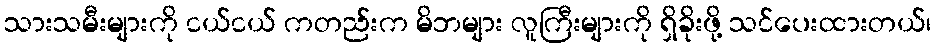
သားသမီးများကို ငယ်ငယ် ကတည်းက မိဘများ လူကြီးများကို ရှိခိုးဖို့ သင်ပေးထားတယ်၊